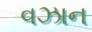
વઝાન